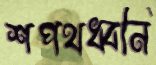
শপথধ্বনি